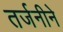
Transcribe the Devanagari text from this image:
तर्जनीने